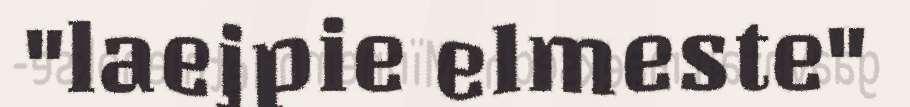
"laejpie elmeste"